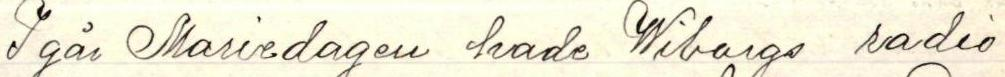
Igår Mariedagen hade Viborgs radio